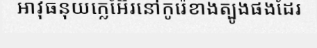
អាវុធនុយក្លេអ៊ែរនៅកូរ៉េខាងត្បូងផងដែរ